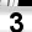
Digit: 3